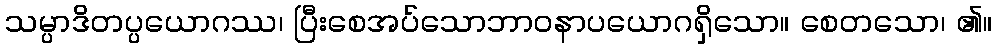
သမ္ပာဒိတပ္ပယောဂဿ၊ ပြီးစေအပ်သောဘာဝနာပယောဂရှိသော။ စေတသော၊ ၏။